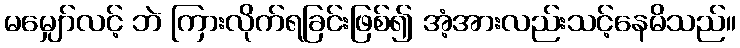
မမျှော်လင့် ဘဲ ကြားလိုက်ရခြင်းဖြစ်၍ အံ့အားလည်းသင့်နေမိသည်။